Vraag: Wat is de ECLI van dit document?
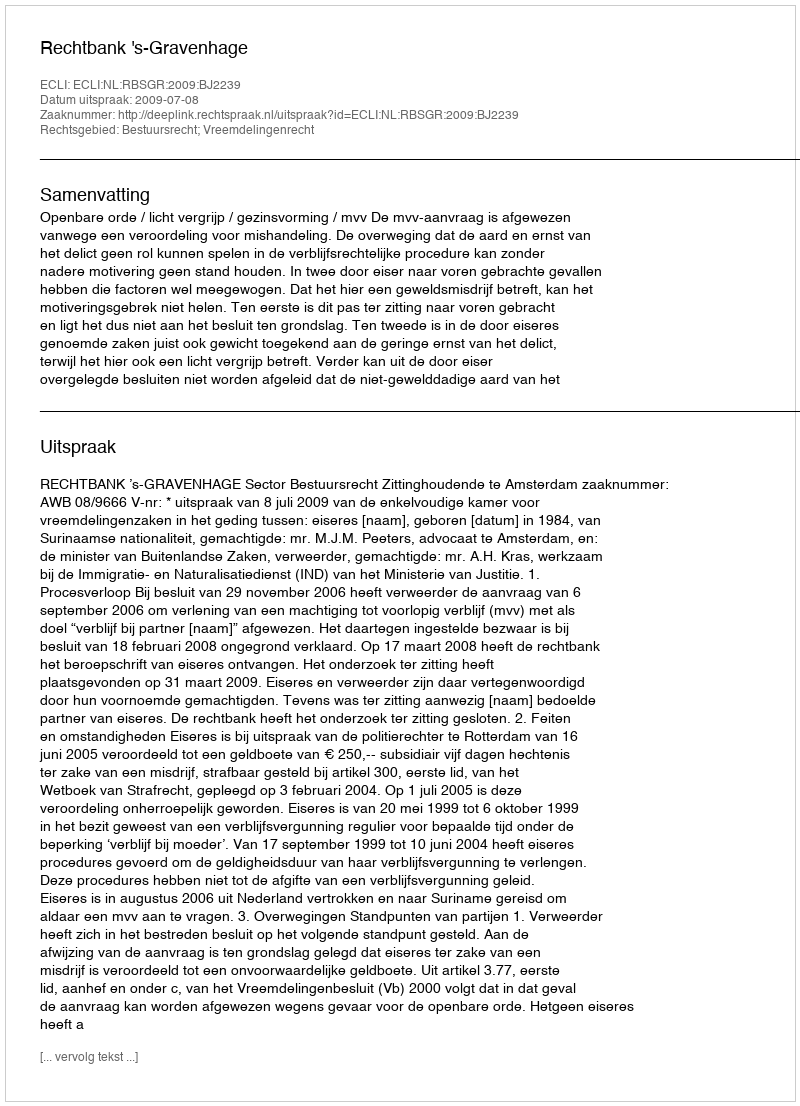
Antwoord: ECLI:NL:RBSGR:2009:BJ2239